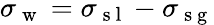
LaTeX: \sigma_{\mathrm{~w~}}=\sigma_{\mathrm{~s~l~}}-\sigma_{\mathrm{~s~g~}}